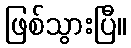
ဖြစ်သွားပြီ။